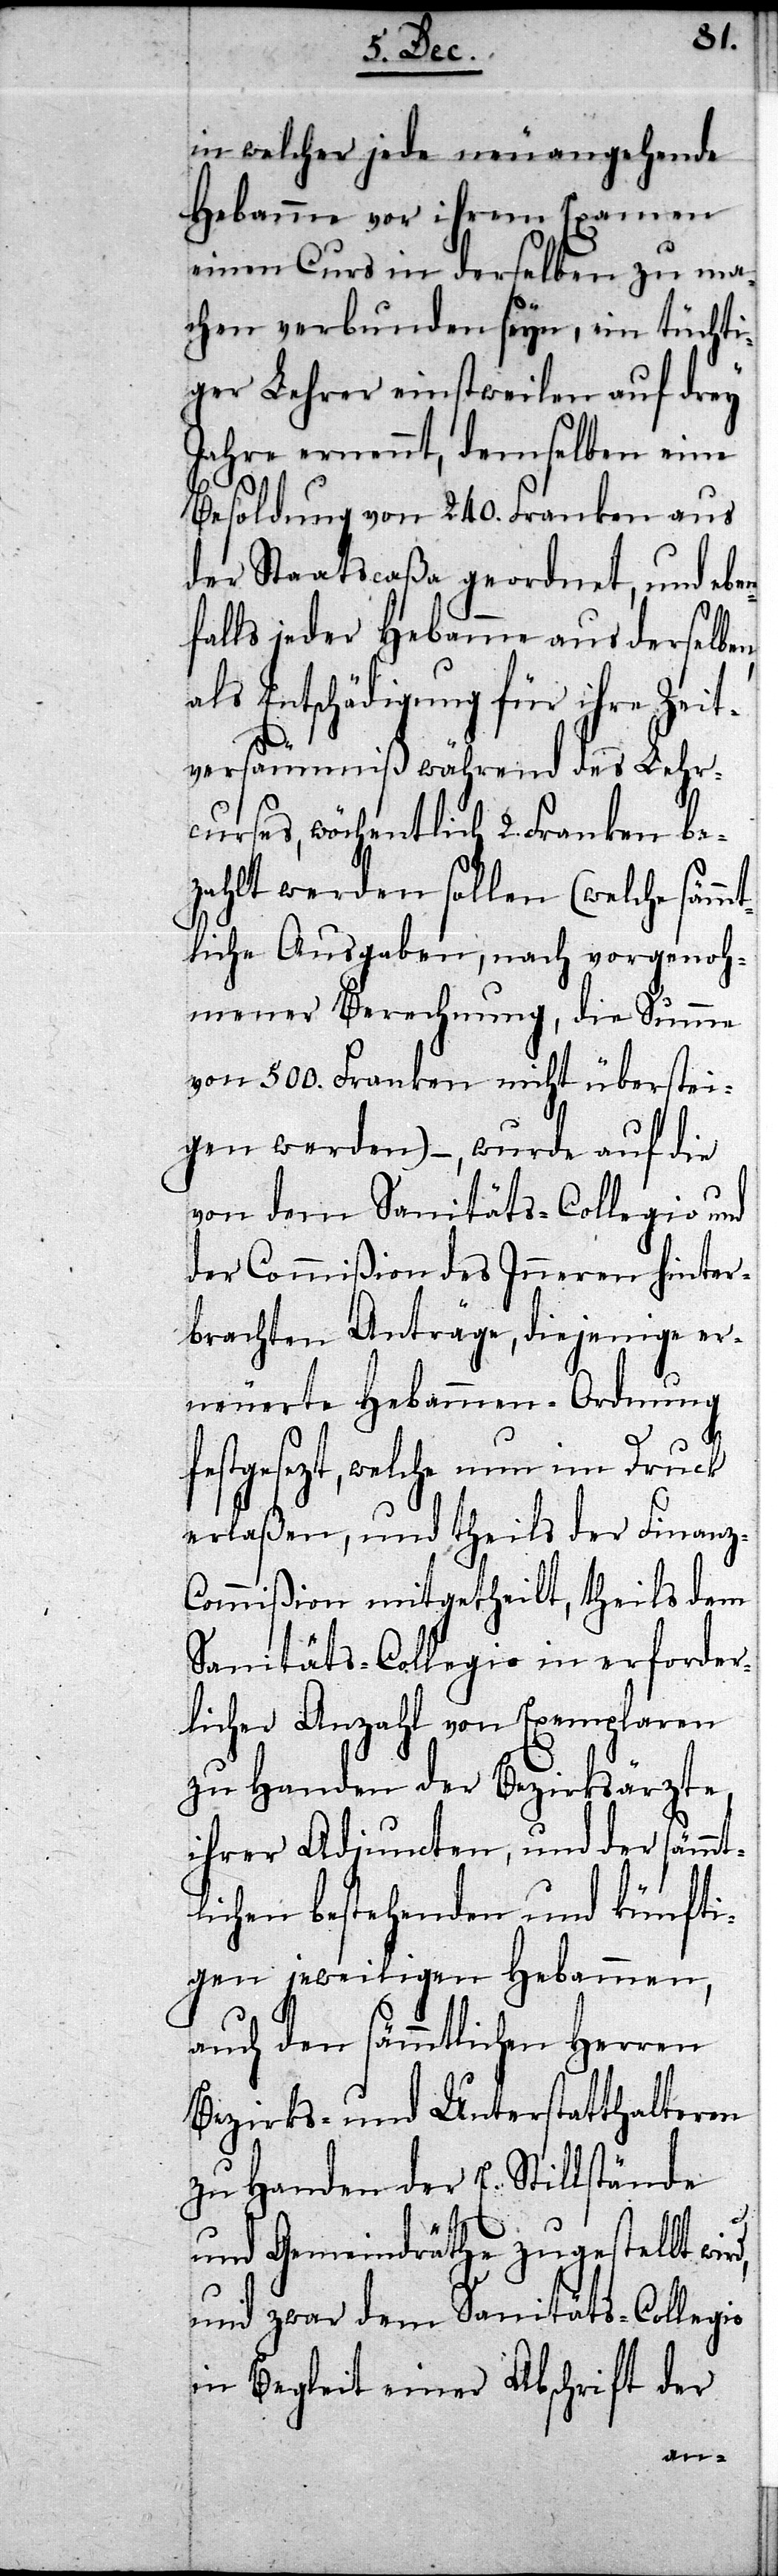
in welcher jede neu angehende
Hebamme vor ihrem Examen
einen Curs in derselben zu ma¬
chen verbunden seyn, ein tüch¬
ger Lehrer einstweilen
Jahre ernennt, demse¬
Besoldung von 240. Fran¬
und
der Staats-Caßa geordnet,
des
falls jeder Hebamme aus derselb¬
als Entschädigung für i¬
Zeit¬
Lehr¬
versäumniß während
curses, wöchentlich 2. Franken be¬
zahlt werden sollen (welche sämm¬
tliche Ausgaben, nach vorgenoh¬
mener Berechnung, die Summe
von 500. Franken nicht überstei¬
gen werden) –, wurde auf die
von dem Sanitäts-Collegio und
der Commißion des Inneren hinter¬
brachten Anträge, diejenige er¬
neuerte Hebammen-Ordnung
festgesezt, welche nun im Druck
erlaßen, und theils der Finanz-C¬
ommißion mitgetheilt, theils dem
Sanitäts-Collegio in erforder¬
licher Anzahl von Exemplaren
zu Handen der Bezirksärzte,
ihrer Adjuncten, und der sämmt¬
lichen bestehenden und künfti¬
gen jeweiligen Hebammen,
auch den sämmtlichen Herren
Bezirks- und Unterstatthalteren
zu Handen der E. Stillstände
und Gemeinderäthe zugestellt
und zwar dem Sanitäts-Collegio
in Begleit einer Abschrift der
en,